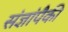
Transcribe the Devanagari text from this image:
संज्ञांपैकी